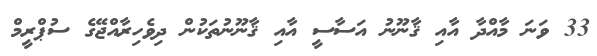
33 ވަނަ މާއްދާ އާއި ޤާނޫނު އަސާސީ އާއި ޤާނޫނުތަކުން ދިވެހިރާއްޖޭގެ ސުޕްރީމް